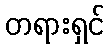
တရားရှင်